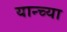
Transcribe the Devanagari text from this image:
यान्च्या